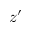
z ^ { \prime }